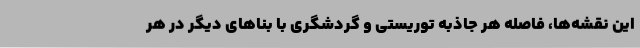
این نقشه‌ها، فاصله هر جاذبه توریستی و گردشگری با بناهای دیگر در هر